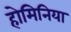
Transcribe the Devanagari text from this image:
होमिनिया